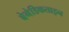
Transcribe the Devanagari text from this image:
बेनेडिकताइन